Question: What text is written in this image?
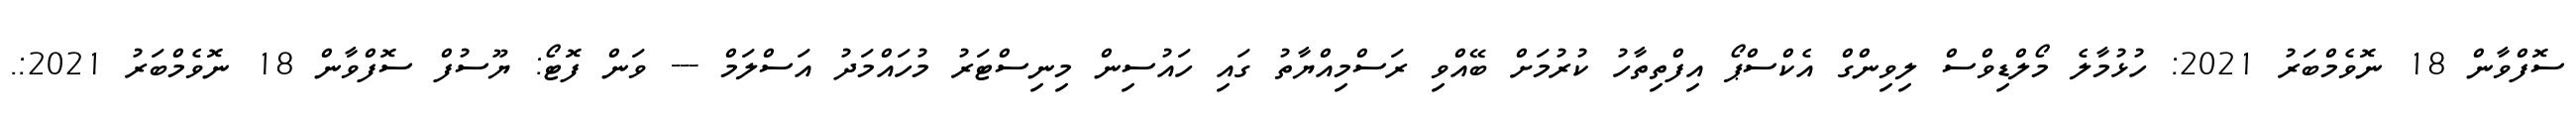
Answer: ސޮފްވާން 18 ނޮވެމްބަރު 2021: ހުޅުމާލެ މޯލްޑިވްސް ލިވިންގް އެކްސްޕޯ އިފްތިތާހު ކުރުމަށް ބޭއްވި ރަސްމިއްޔާތު ގައި ހައުސިން މިނިސްޓަރު މުހައްމަދު އަސްލަމް --- ވަން ފޮޓޯ: ޔޫސުފް ސޮފްވާން 18 ނޮވެމްބަރު 2021:.